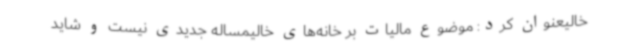
خالیعنوان کرد: موضوع مالیات بر خانه‌های خالیمساله جدیدی نیست و شاید